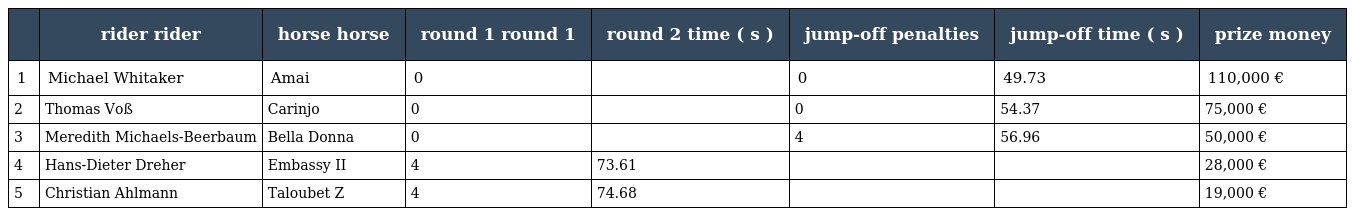
|  | rider rider | horse horse | round 1 round 1 | round 2 time ( s ) | jump-off penalties | jump-off time ( s ) | prize money |
 | --- | --- | --- | --- | --- | --- | --- | --- |
 | 1 | Michael Whitaker | Amai | 0 |  | 0 | 49.73 | 110,000 € |
 | 2 | Thomas Voß | Carinjo | 0 |  | 0 | 54.37 | 75,000 € |
 | 3 | Meredith Michaels-Beerbaum | Bella Donna | 0 |  | 4 | 56.96 | 50,000 € |
 | 4 | Hans-Dieter Dreher | Embassy II | 4 | 73.61 |  |  | 28,000 € |
 | 5 | Christian Ahlmann | Taloubet Z | 4 | 74.68 |  |  | 19,000 € |